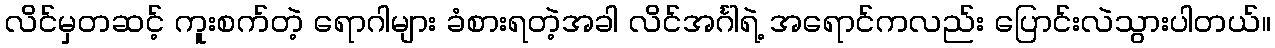
လိင်မှတဆင့် ကူးစက်တဲ့ ရောဂါများ ခံစားရတဲ့အခါ လိင်အင်္ဂါရဲ့ အရောင်ကလည်း ပြောင်းလဲသွားပါတယ်။